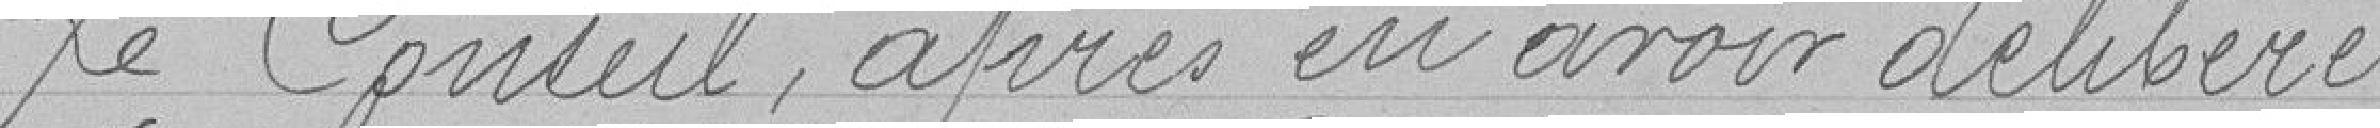
Le Conseil après en avoir délibéré